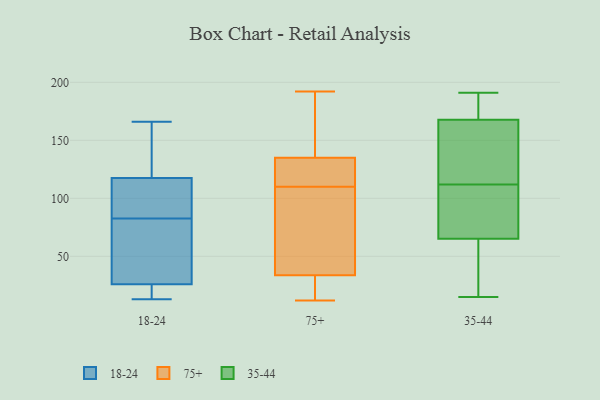
{"axis": {"x": "Humidity (%)", "y": "Value"}, "legend": ["18-24", "35-44", "75+"], "data": [{"x": "", "y": 164, "type": "18-24"}, {"x": "", "y": 32, "type": "18-24"}, {"x": "", "y": 13, "type": "18-24"}, {"x": "", "y": 99, "type": "18-24"}, {"x": "", "y": 112, "type": "18-24"}, {"x": "", "y": 19, "type": "18-24"}, {"x": "", "y": 20, "type": "18-24"}, {"x": "", "y": 113, "type": "18-24"}, {"x": "", "y": 66, "type": "18-24"}, {"x": "", "y": 32, "type": "18-24"}, {"x": "", "y": 122, "type": "18-24"}, {"x": "", "y": 166, "type": "18-24"}, {"x": "", "y": 173, "type": "75+"}, {"x": "", "y": 93, "type": "75+"}, {"x": "", "y": 192, "type": "75+"}, {"x": "", "y": 127, "type": "75+"}, {"x": "", "y": 12, "type": "75+"}, {"x": "", "y": 110, "type": "75+"}, {"x": "", "y": 56, "type": "75+"}, {"x": "", "y": 36, "type": "75+"}, {"x": "", "y": 153, "type": "75+"}, {"x": "", "y": 27, "type": "75+"}, {"x": "", "y": 16, "type": "75+"}, {"x": "", "y": 129, "type": "75+"}, {"x": "", "y": 120, "type": "75+"}, {"x": "", "y": 57, "type": "35-44"}, {"x": "", "y": 23, "type": "35-44"}, {"x": "", "y": 110, "type": "35-44"}, {"x": "", "y": 112, "type": "35-44"}, {"x": "", "y": 163, "type": "35-44"}, {"x": "", "y": 181, "type": "35-44"}, {"x": "", "y": 182, "type": "35-44"}, {"x": "", "y": 79, "type": "35-44"}, {"x": "", "y": 106, "type": "35-44"}, {"x": "", "y": 148, "type": "35-44"}, {"x": "", "y": 68, "type": "35-44"}, {"x": "", "y": 134, "type": "35-44"}, {"x": "", "y": 167, "type": "35-44"}, {"x": "", "y": 15, "type": "35-44"}, {"x": "", "y": 191, "type": "35-44"}, {"x": "", "y": 41, "type": "35-44"}, {"x": "", "y": 170, "type": "35-44"}]}